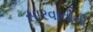
સારવાનીની